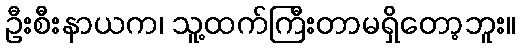
ဦးစီးနာယက၊ သူ့ထက်ကြီးတာမရှိတော့ဘူး။